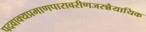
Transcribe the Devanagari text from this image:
पदवाक्यप्रमाणपारावरीणजरन्नैयायिक